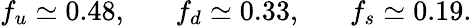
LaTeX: f_{u}\simeq 0.48,\, \, \, \, \, \, \, \, \, \, f_{d}\simeq 0.33,\, \, \, \, \, \, \, \, \, \, f_{s}\simeq 0.19.